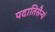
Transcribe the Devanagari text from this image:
पदातिसैन्यं